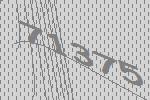
71375